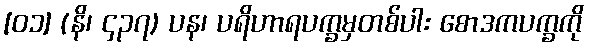
[၀၁] (နိ၊ ၄၃၇) ပန၊ ပရိဟာရပက္ခမှတစ်ပါး စောဒကပက္ခကို